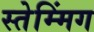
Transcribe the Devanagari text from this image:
स्तेम्मिंग